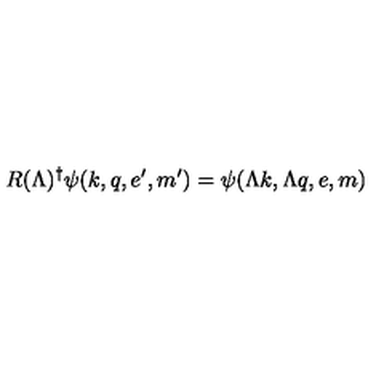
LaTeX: R ( \Lambda ) ^ { \dagger } \psi ( k , q , e ^ { \prime } , m ^ { \prime } ) = \psi ( \Lambda k , \Lambda q , e , m )